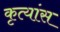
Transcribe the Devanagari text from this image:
कृत्यांस